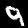
Label: 9